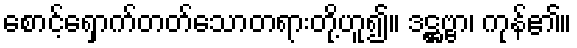
စောင့်ရှောက်တတ်သောတရားတို့ဟူ၍။ ဒဋ္ဌဗ္ဗာ၊ ကုန်၏။